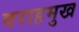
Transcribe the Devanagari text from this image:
वराहमुख